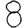
Digit: 8